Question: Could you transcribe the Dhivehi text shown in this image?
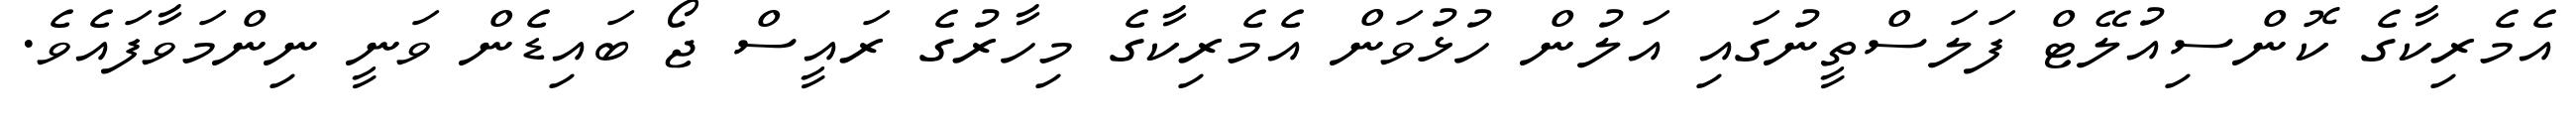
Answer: އެމެރިކާގެ ކޮންސިއުލޭޓް ފަލަސްތީނުގައި އަލުން ހުޅުވަން އެމެރިކާގެ މިހާރުގެ ރައީސް ޖޯ ބައިޑެން ވަނީ ނިންމަވާފައެވެ.